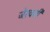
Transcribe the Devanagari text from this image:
जेरवजी